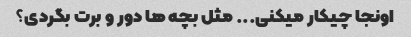
اونجا چیکار میکنی... مثل بچه ها دور و برت بگردی؟